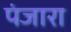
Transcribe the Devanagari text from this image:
पंजारा